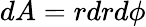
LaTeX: dA=rdrd\phi